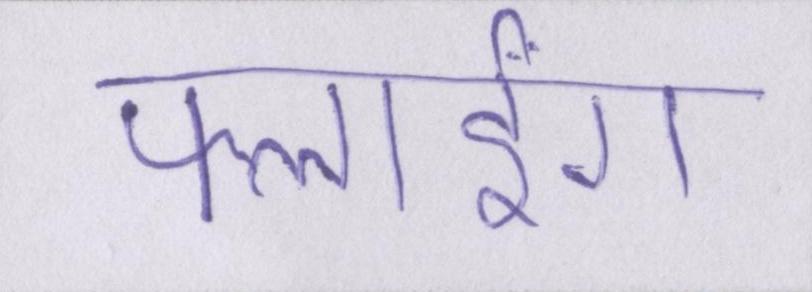
फ्लाईंग